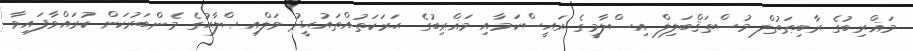
މަޣްރިބުގެ ރާބިޠަތުލް މުސްތަޤްބަލިލް އިސްލާމީގެ ރައީސްކަމާއި މަޣްރިބުގެ ޙަރަކަތުއްތައުޙީދު ވަލްއިޞްލާޙުގެ މެންބަރުކަން ކުރައްވާފައިވާ